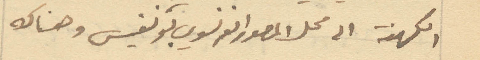
الكهنة الى محل المصور الفرنسوي بونفيس وهناك